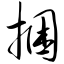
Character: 捆